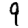
Digit: 9